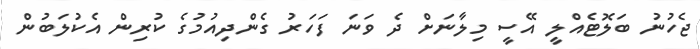
ޖެހުނު ބަލޮޓެއްލީ އޭސީ މިލާނަށް ދެ ވަނަ ފަހަރު ގެންދިއުމުގެ ކުރިން އެކުލަބުން